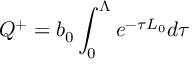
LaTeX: Q ^ { + } = b _ { 0 } \int _ { 0 } ^ { \Lambda } e ^ { - \tau L _ { 0 } } d \tau